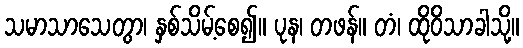
သမာသာသေတွာ၊ နှစ်သိမ့်စေ၍။ ပုန၊ တဖန်။ တံ၊ ထိုဝိသာခါသို့။